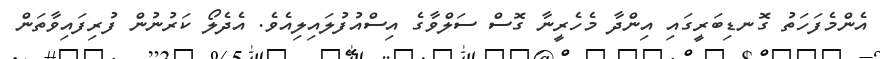
އެންމެފަހަތު ގޮނޑިބަރީގައި އިންދާ މެހެރީނާ ގޮސް ސަލްވާގެ އިސްއުފުލައިލިއެވެ. އެދެލޯ ކަރުނުން ފުރިފައިވާތަން